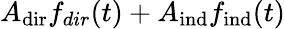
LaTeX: A_{\mathrm{dir}}f_{dir}(t)+A_{\mathrm{ind}}f_{\mathrm{ind}}(t)